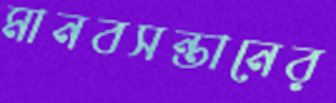
মানবসন্তানের